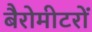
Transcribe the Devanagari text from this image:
बैरोमीटरों